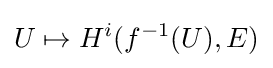
U\mapsto H^{i}(f^{-1}(U),E)